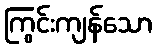
ကြွင်းကျန်သော